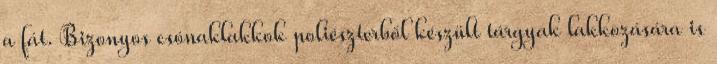
a fát. Bizonyos csónaklakkok poliészterből készült tárgyak lakkozására is